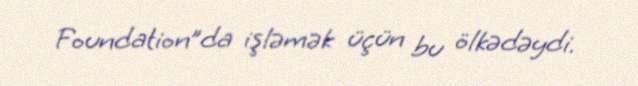
Foundation”da işləmək üçün bu ölkədəydi.